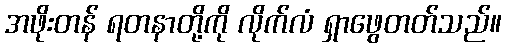
အဖိုးတန် ရတနာတို့ကို လိုက်လံ ရှာဖွေတတ်သည်။